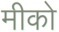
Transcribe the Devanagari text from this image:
मीको